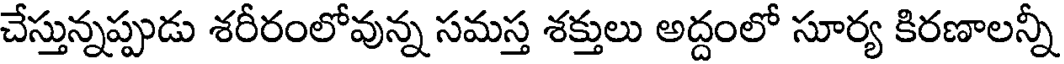
చేస్తున్నప్పుడు శరీరంలోవున్న సమస్త శక్తులు అద్దంలో సూర్య కిరణాలన్నీ